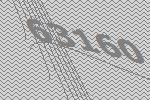
63160